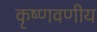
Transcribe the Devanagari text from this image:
कृष्णवणीय